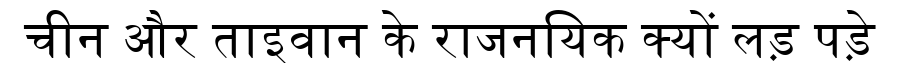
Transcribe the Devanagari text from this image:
चीन और ताइवान के राजनयिक क्यों लड़ पड़े